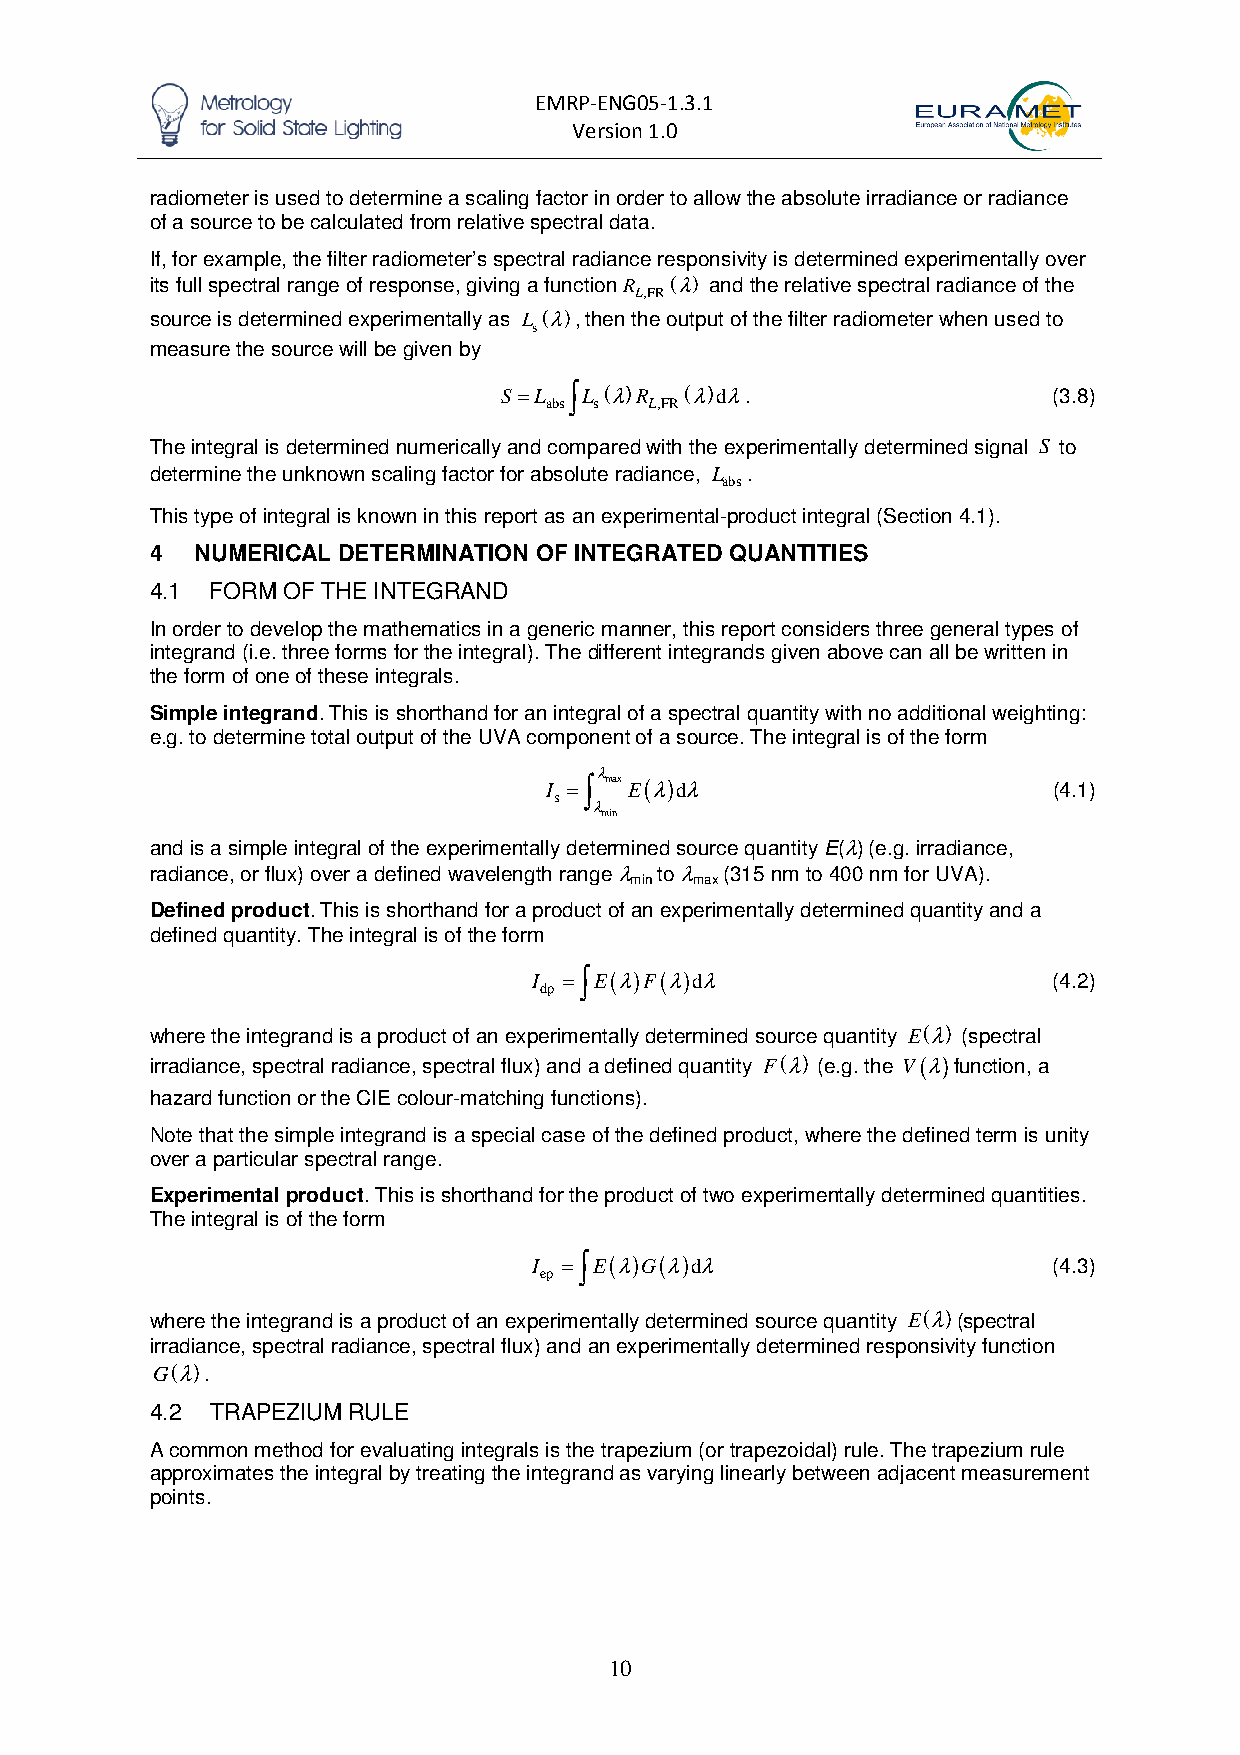
EMRP-ENG05-1.3.1
 Version 1.0
 radiometer is used to determine a scaling factor in order to allow the absolute irradiance or radiance
 of a source to be calculated from relative spectral data.
 If, for example, the filter radiometer’s spectral radiance responsivity is determined experimentally over
 its full spectral range of response, giving a functionR (λ) and the relative spectral radiance of the
 L,FR
 source is determined experimentally as L (λ), then the output of the filter radiometer when used to
 s
 measure the source will be given by
 S =L ∫ L (λ)R (λ)dλ.                 (3.8)
 abs s  L,FR
 The integral is determined numerically and compared with the experimentally determined signal S to
 determine the unknown scaling factor for absolute radiance, L .
 abs
 This type of integral is known in this report as an experimental-product integral (Section 4.1).
 4  NUMERICAL DETERMINATION OF INTEGRATED QUANTITIES
 4.1 FORM OF THE INTEGRAND
 In order to develop the mathematics in a generic manner, this report considers three general types of
 integrand (i.e. three forms for the integral). The different integrands given above can all be written in
 the form of one of these integrals.
 Simple integrand. This is shorthand for an integral of a spectral quantity with no additional weighting:
 e.g. to determine total output of the UVA component of a source. The integral is of the form
 I
 =∫λ
 max E(λ)dλ                    (4.1)
 s
 λ
 min
 and is a simple integral of the experimentally determined source quantity E(λ) (e.g. irradiance,
 radiance, or flux) over a defined wavelength range λ to λ (315 nm to 400 nm for UVA).
 min max
 Defined product. This is shorthand for a product of an experimentally determined quantity and a
 defined quantity. The integral is of the form
 I =∫ E(λ)F(λ)dλ                    (4.2)
 dp
 where the integrand is a product of an experimentally determined source quantity E(λ) (spectral
 irradiance, spectral radiance, spectral flux) and a defined quantity F(λ) (e.g. the V(λ)function, a
 hazard function or the CIE colour-matching functions).
 Note that the simple integrand is a special case of the defined product, where the defined term is unity
 over a particular spectral range.
 Experimental product. This is shorthand for the product of two experimentally determined quantities.
 The integral is of the form
 I =∫ E(λ)G(λ)dλ                    (4.3)
 ep
 where the integrand is a product of an experimentally determined source quantity E(λ)(spectral
 irradiance, spectral radiance, spectral flux) and an experimentally determined responsivity function
 G(λ).
 4.2 TRAPEZIUM RULE
 A common method for evaluating integrals is the trapezium (or trapezoidal) rule. The trapezium rule
 approximates the integral by treating the integrand as varying linearly between adjacent measurement
 points.
 10